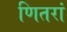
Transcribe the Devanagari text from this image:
णितरां